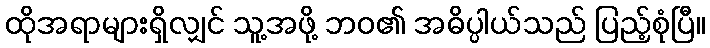
ထိုအရာများရှိလျှင် သူ့အဖို့ ဘဝ၏ အဓိပ္ပါယ်သည် ပြည့်စုံပြီ။